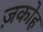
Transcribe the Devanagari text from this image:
ज़कोह